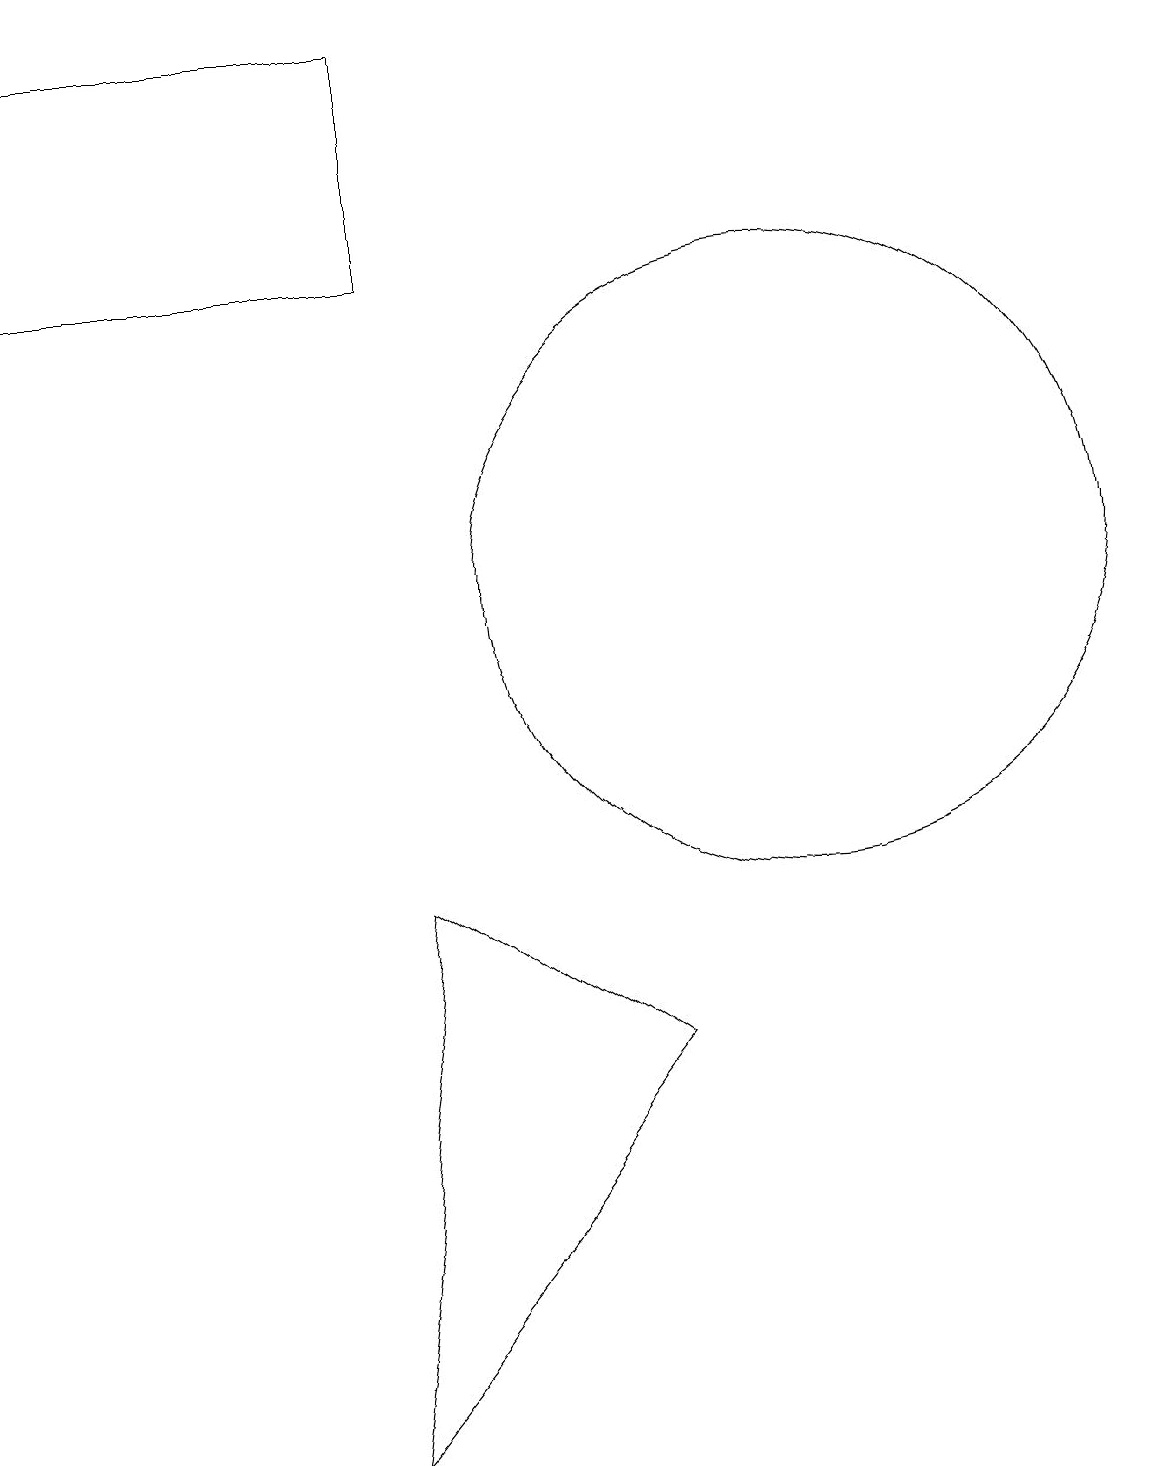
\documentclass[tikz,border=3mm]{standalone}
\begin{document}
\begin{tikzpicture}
\draw (5,0) -- (6,7) -- (9,5) -- cycle;
\draw (1,18) rectangle (6,15);
\draw (11,11) circle (4);
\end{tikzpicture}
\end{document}